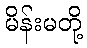
မိန်းမတို့